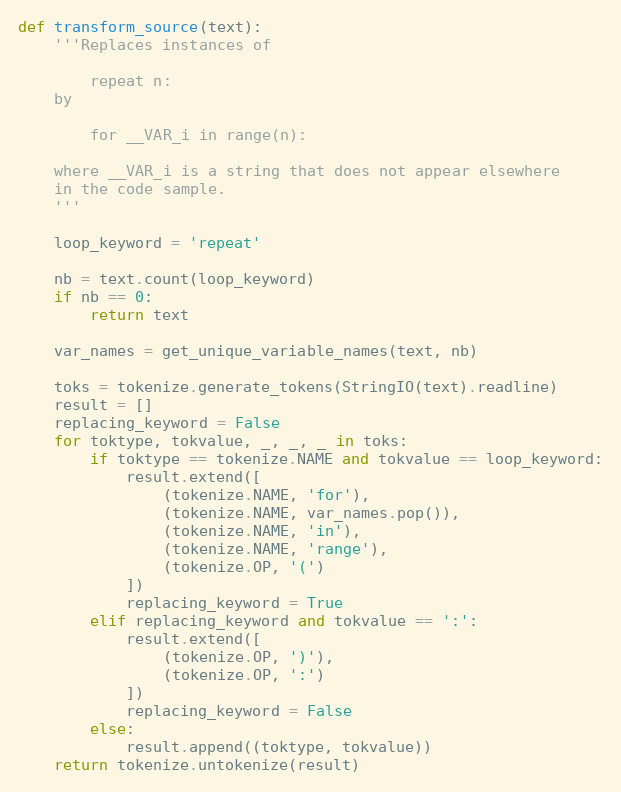
Language: Python
def transform_source(text):
    '''Replaces instances of

        repeat n:
    by

        for __VAR_i in range(n):

    where __VAR_i is a string that does not appear elsewhere
    in the code sample.
    '''

    loop_keyword = 'repeat'

    nb = text.count(loop_keyword)
    if nb == 0:
        return text

    var_names = get_unique_variable_names(text, nb)

    toks = tokenize.generate_tokens(StringIO(text).readline)
    result = []
    replacing_keyword = False
    for toktype, tokvalue, _, _, _ in toks:
        if toktype == tokenize.NAME and tokvalue == loop_keyword:
            result.extend([
                (tokenize.NAME, 'for'),
                (tokenize.NAME, var_names.pop()),
                (tokenize.NAME, 'in'),
                (tokenize.NAME, 'range'),
                (tokenize.OP, '(')
            ])
            replacing_keyword = True
        elif replacing_keyword and tokvalue == ':':
            result.extend([
                (tokenize.OP, ')'),
                (tokenize.OP, ':')
            ])
            replacing_keyword = False
        else:
            result.append((toktype, tokvalue))
    return tokenize.untokenize(result)